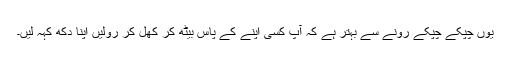
یوں چپکے چپکے رونے سے بہتر ہے کہ آپ کسی اپنے کے پاس بیٹھ کر کھل کر رولیں اپنا دکھ کہہ لیں۔